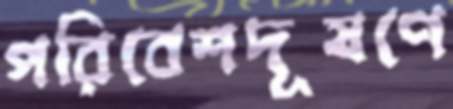
পরিবেশদূষণে